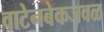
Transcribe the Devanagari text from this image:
वाटेनबेकजवळ